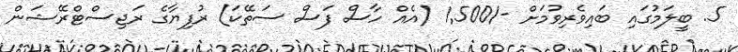
5. ބީލަމުގައި ބައިވެރިވުމަށް -/1